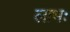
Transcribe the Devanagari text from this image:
लाभः